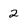
Character: 2